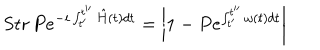
\mathrm { S t r } \, P e ^ { - i \int _ { t ^ { \prime } } ^ { t ^ { \prime \prime } } \hat { H } ( t ) d t } = \left| 1 - P e ^ { \int _ { t ^ { \prime } } ^ { t ^ { \prime \prime } } \omega ( t ) d t } \right|